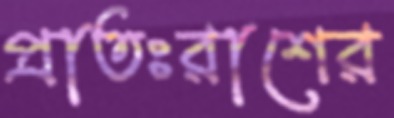
প্রাতঃরাশের